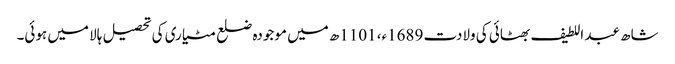
شاھ عبد اللطیف بھٹائی کی ولادت 1689ء، 1101ھ میں موجودہ ضلع مٹیاری کی تحصیل ہالا میں ہوئی۔